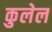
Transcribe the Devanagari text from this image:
कुलेल